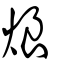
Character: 烺